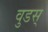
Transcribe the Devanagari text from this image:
वुडस्